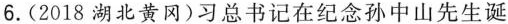
6. (2018湖北黄冈)习总书记在纪念孙中山先生诞